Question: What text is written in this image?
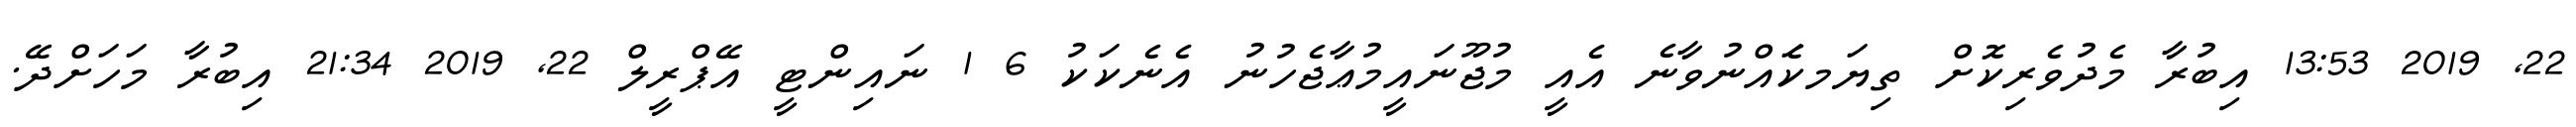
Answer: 22, 2019 13:53 އިބުރާ މެދުވެރިކޮށް ތިޔަމކަެއްނުވާނެ އެއީ މުޖޫނައީމުޢާޖެހުނު އެނެކަކު 6 1 ނައިންޓީ އޭޕްރީލް 22, 2019 21:34 އިބުރާ މަހަށްދޭ.